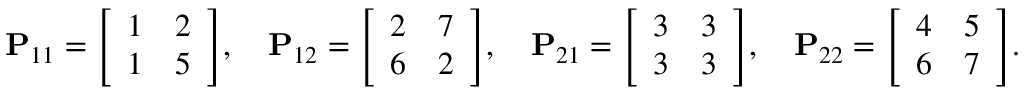
\mathbf { P } _ { 1 1 } = { \left[ \begin{array} { l l } { 1 } & { 2 } \\ { 1 } & { 5 } \end{array} \right] } , \quad \mathbf { P } _ { 1 2 } = { \left[ \begin{array} { l l } { 2 } & { 7 } \\ { 6 } & { 2 } \end{array} \right] } , \quad \mathbf { P } _ { 2 1 } = { \left[ \begin{array} { l l } { 3 } & { 3 } \\ { 3 } & { 3 } \end{array} \right] } , \quad \mathbf { P } _ { 2 2 } = { \left[ \begin{array} { l l } { 4 } & { 5 } \\ { 6 } & { 7 } \end{array} \right] } .